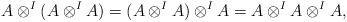
LaTeX: \begin{align*}A\otimes^I(A\otimes^I A) = (A\otimes^I A)\otimes^I A = A\otimes^I A \otimes^I A,\end{align*}